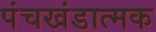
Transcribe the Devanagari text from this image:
पंचखंडात्मक